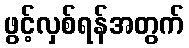
ဖွင့်လှစ်ရန်အတွက်